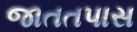
જાતતપાસ